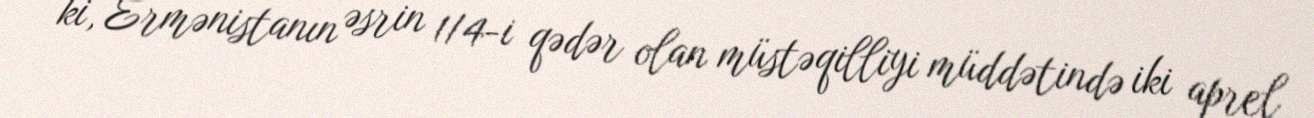
ki, Ermənistanın əsrin 1/4-i qədər olan müstəqilliyi müddətində iki aprel